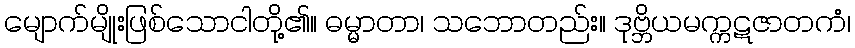
မျောက်မျိုးဖြစ်သောငါတို့၏။ ဓမ္မာတာ၊ သဘောတည်း။ ဒုဗ္ဘိယမက္ကဋဇာတကံ၊